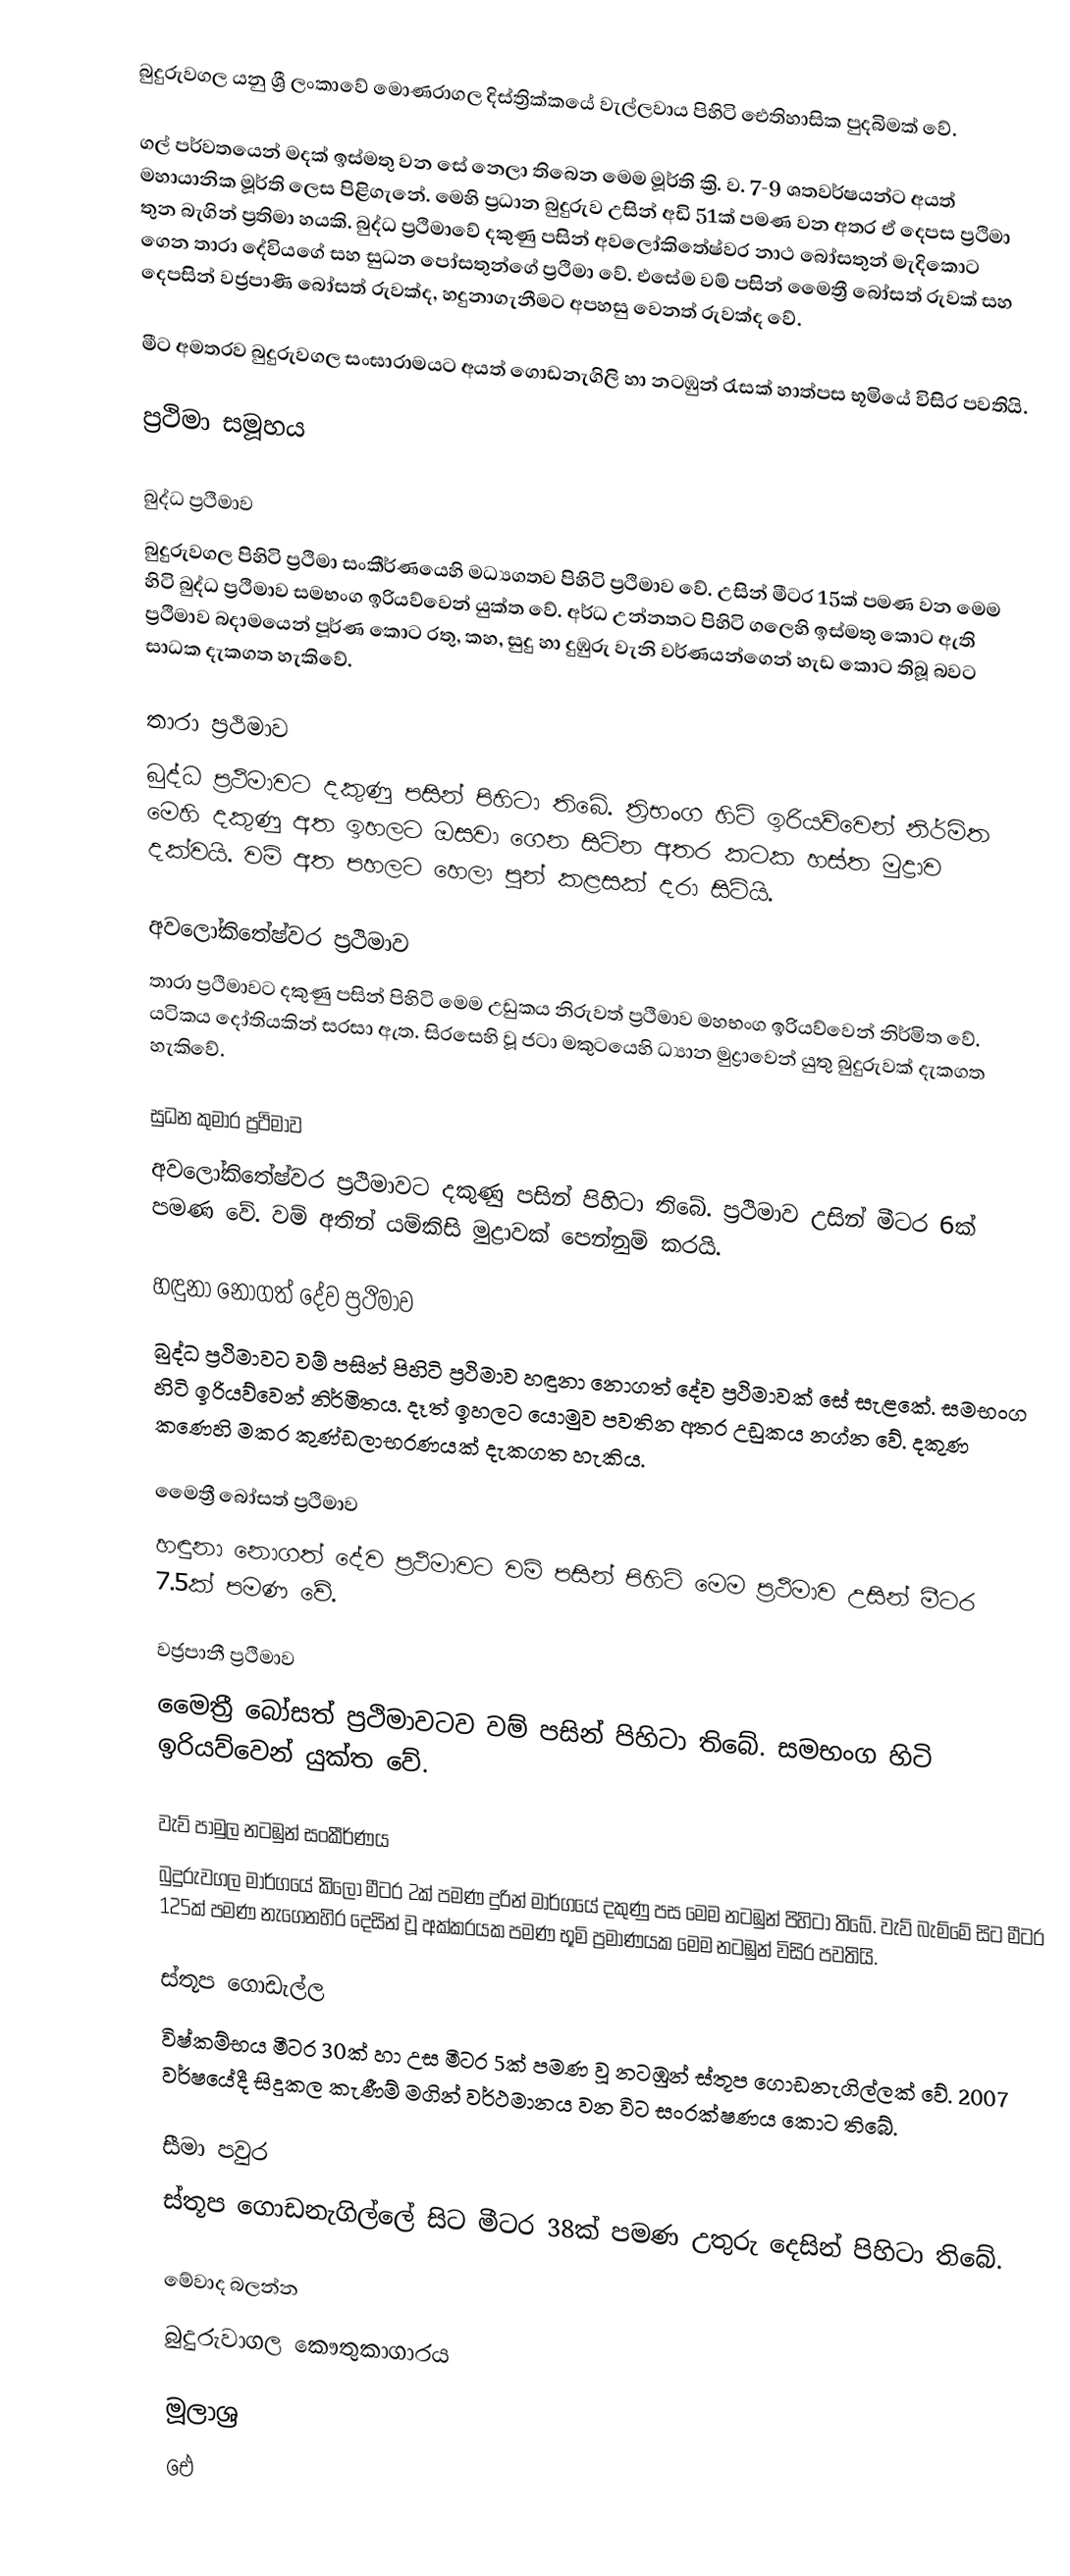
බුදුරුවගල යනු ශ්‍රී ලංකාවේ මොණරාගල දිස්ත්‍රික්කයේ වැල්ලවාය පිහිටි ඓතිහාසික පුදබිමක් වේ.

ගල් පර්වතයෙන් මදක් ඉස්මතු වන සේ නෙලා තිබෙන මෙම මූර්ති ක්‍රි. ව. 7-9 ශතවර්ෂයන්ට අයත් මහායානික මූර්ති ලෙස පිළිගැනේ. මෙහි ප්‍රධාන බුදුරුව උසින් අඩි 51ක් පමණ වන අතර ඒ දෙපස ප්‍රථිමා තුන බැගින් ප්‍රතිමා හයකි. බුද්ධ ප්‍රථිමාවේ දකුණු පසින් අවලෝකිතේෂ්වර නාථ බෝසතුන් මැදිකොට ගෙන තාරා දේවියගේ සහ සුධන පෝසතුන්ගේ ප්‍රථිමා වේ. එසේම වම් පසින් මෛත්‍රී බෝසත් රුවක් සහ දෙපසින් වජ්‍රපාණී බෝසත් රුවක්ද, හදුනාගැනීමට අපහසු වෙනත් රුවක්ද වේ.

මීට අමතරව බුදුරුවගල සංඝාරාමයට අයත් ගොඩනැගිලි හා නටඹුන් රැසක් හාත්පස භූමියේ විසිර පවතියි.

ප්‍රථිමා සමූහය

බුද්ධ ප්‍රථිමාව
බුදුරුවගල පිහිටි ප්‍රථිමා සංකීර්ණයෙහි මධ්‍යගතව පිහිටි ප්‍රථිමාව වේ. උසින් මීටර 15ක් පමණ වන මෙම හිටි බුද්ධ ප්‍රථිමාව සමභංග ඉරියව්වෙන් යුක්ත වේ. අර්ධ උන්නතට පිහිටි ගලෙහි ඉස්මතු කොට ඇති ප්‍රථිමාව බදාමයෙන් පූර්ණ කොට රතු, කහ, සුදු හා දුඹුරු වැනි වර්ණයන්ගෙන් හැඩ කොට තිබූ බවට සාධක දැකගත හැකිවේ.

තාරා ප්‍රථිමාව
බුද්ධ ප්‍රථිමාවට දකුණු පසින් පිහිටා තිබේ. ත්‍රිභංග හිටි ඉරියව්වෙන් නිර්මිත මෙහි දකුණු අත ඉහලට ඔසවා ගෙන සිටින අතර කටක හස්ත මුද්‍රාව දක්වයි. වම් අත පහලට හෙලා පුන් කළසක් දරා සිටියි.

අවලෝකිතේෂ්වර ප්‍රථිමාව
තාරා ප්‍රථිමාවට දකුණු පසින් පිහිටි මෙම උඩුකය නිරුවත් ප්‍රථිමාව මහභංග ඉරියව්වෙන් නිර්මිත වේ. යටිකය දෝතියකින් සරසා ඇත. සිරසෙහි වූ ජටා මකුටයෙහි ධ්‍යාන මුද්‍රාවෙන් යුතු බුදුරුවක් දැකගත හැකිවේ.

සුධන කුමාර ප්‍රථිමාව
අවලෝකිතේෂ්වර ප්‍රථිමාවට දකුණු පසින් පිහිටා තිබේ. ප්‍රථිමාව උසින් මීටර 6ක් පමණ වේ. වම් අතින් යම්කිසි මුද්‍රාවක් පෙන්නුම් කරයි.

හඳුනා නොගත් දේව ප්‍රථිමාව
බුද්ධ ප්‍රථිමාවට වම් පසින් පිහිටි ප්‍රථිමාව හඳුනා නොගත් දේව ප්‍රථිමාවක් සේ සැළකේ. සමභංග හිටි ඉරියව්වෙන් නිර්මිතය. දෑත් ඉහලට යොමුව පවතින අතර උඩුකය නග්න වේ. දකුණ කණෙහි මකර කුණ්ඩලාභරණයක් දැකගත හැකිය.

මෛත්‍රී බෝසත් ප්‍රථිමාව
හඳුනා නොගත් දේව ප්‍රථිමාවට වම් පසින් පිහිටි මෙම ප්‍රථිමාව උසින් මීටර 7.5ක් පමණ වේ.

වජ්‍රපානී ප්‍රථිමාව
මෛත්‍රී බෝසත් ප්‍රථිමාවටව වම් පසින් පිහිටා තිබේ. සමභංග හිටි ඉරියව්වෙන් යුක්ත වේ.

වැව් පාමුල නටඹුන් සංකීර්ණය
බුදුරුවගල මාර්ගයේ කිලෝ මීටර 2ක් පමණ දුරින් මාර්ගයේ දකුණු පස මෙම නටඹුන් පිහිටා තිබේ. වැව් බැම්මේ සිට මීටර 125ක් පමණ නැගෙනහිර දෙසින් වූ අක්කරයක පමණ භූමි ප්‍රමාණයක මෙම නටඹුන් විසිර පවතියි.

ස්තූප ගොඩැල්ල
විෂ්කම්භය මීටර 30ක් හා උස මීටර 5ක් පමණ වූ නටඹුන් ස්තූප ගොඩනැගිල්ලක් වේ. 2007 වර්ෂයේදී සිදුකල කැණීම් මගින් වර්ථමානය වන විට සංරක්ෂණය කොට තිබේ.

සීමා පවුර
ස්තූප ගොඩනැගිල්ලේ සිට මීටර 38ක් පමණ උතුරු දෙසින් පිහිටා තිබේ.

මේවාද බලන්න
බුදුරුවාගල කෞතුකාගාරය

මූලාශ්‍ර
ඓ